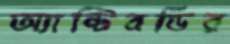
অ্যান্টিবডির